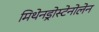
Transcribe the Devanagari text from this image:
मिथेनड्रोस्टेनोलेन